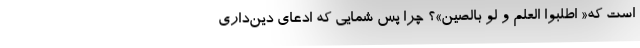
است که« اطلبوا العلم و لو بالصين»؟ چرا پس شمایی که ادعای دین‌داری